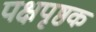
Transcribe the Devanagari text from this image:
पक्षपृष्ठक